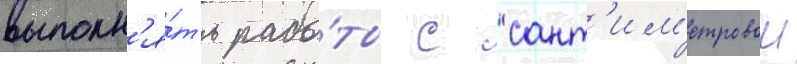
выполн'я́ть рабо́ты с сант'им'етровои